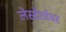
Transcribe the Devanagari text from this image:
लेस्टेर्शायर